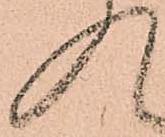
入